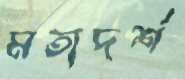
মতাদর্শ